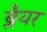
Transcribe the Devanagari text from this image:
ब्लैयर